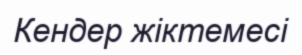
Кендер жіктемесі